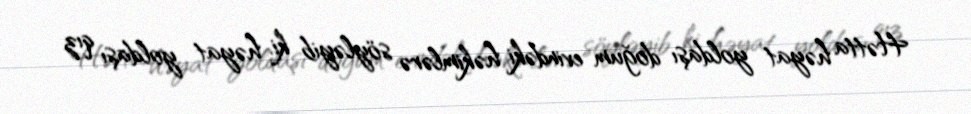
Hətta həyat yoldaşı doğum evindəki həkimlərə söyləyib ki, həyat yoldaşı qız